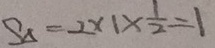
S _ { \Delta } = 2 \times 1 \times \frac { 1 } { 2 } = 1